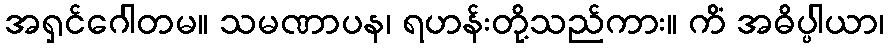
အရှင်ဂေါတမ။ သမဏာပန၊ ရဟန်းတို့သည်ကား။ ကိံ အဓိပ္ပါယာ၊